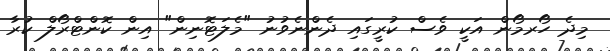
މިދެ ހޯރމޯން އަކީ ވެސް ކުރީގައި ދެންނެވުނު "މެލަޓޮނިން" އިން ކޮންޓްރޯލް ކުރާ